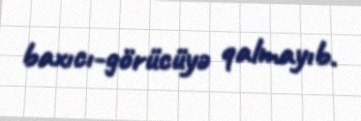
baxıcı-görücüyə qalmayıb.